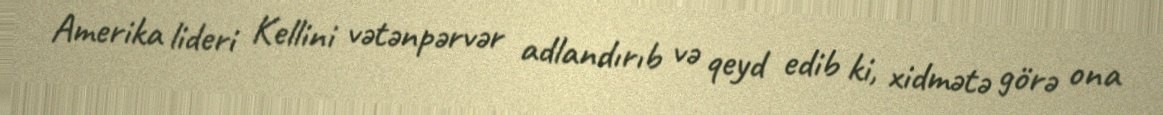
Amerika lideri Kellini vətənpərvər adlandırıb və qeyd edib ki, xidmətə görə ona